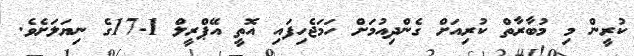
ކުރީން މި މުބާރާތް ކުރިއަށް ގެންދިއުމަށް ހަމަޖެހިފައި އޮތީ އޭޕްރީލް 1-17ގެ ނިޔަލަށެވެ.